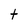
Character: t